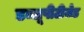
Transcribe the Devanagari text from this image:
डब्लूपीटीजेड